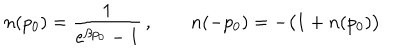
n ( p _ { 0 } ) = { \frac { 1 } { e ^ { \beta p _ { 0 } } - 1 } } \, , \qquad n ( - p _ { 0 } ) = - \bigl ( 1 + n ( p _ { 0 } ) \bigr )